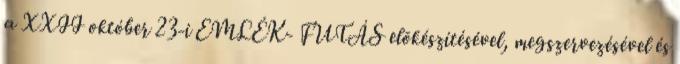
a XXII október 23-i EMLÉK- FUTÁS elõkészítésével, megszervezésével és